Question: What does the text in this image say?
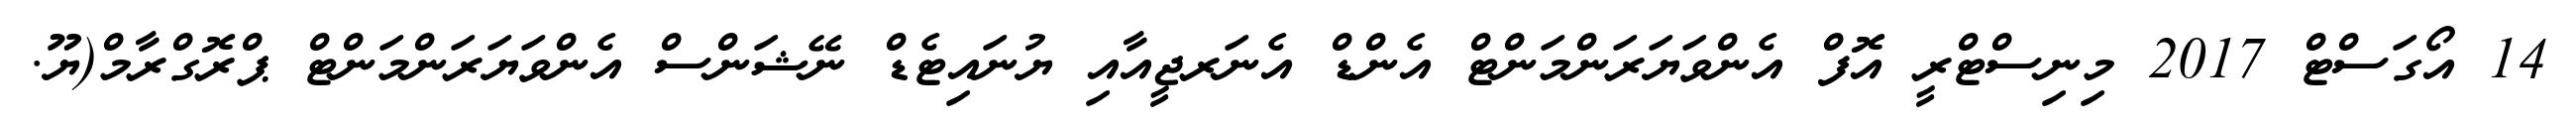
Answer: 14 އޯގަސްޓް 2017 މިނިސްޓްރީ އޮފް އެންވަޔަރަންމަންޓް އެންޑް އެނަރޖީއާއި ޔުނައިޓެޑް ނޭޝަންސް އެންވަޔަރަންމަންޓް ޕްރޮގްރާމް(ޔޫ.